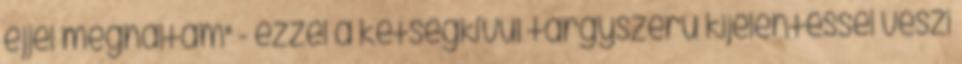
éjjel meghaltam" - ezzel a kétségkívül tárgyszerű kijelentéssel veszi